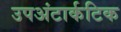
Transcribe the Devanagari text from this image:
उपअंटार्कटिक